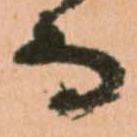
而